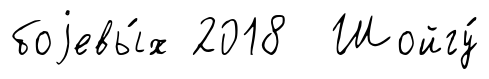
боjевы́х 2018 Шойгу́